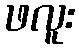
ဖလူး